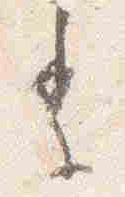
季